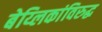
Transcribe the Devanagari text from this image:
बेय्लिकांविरुद्ध